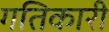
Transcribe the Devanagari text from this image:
गतिकारी